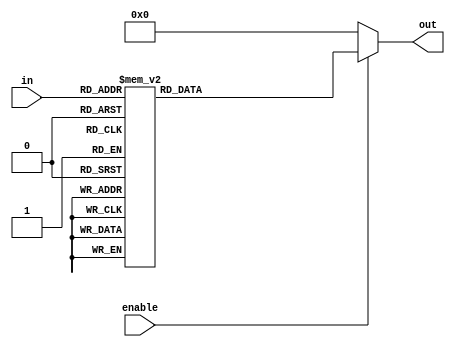
/*

Copyright (c) 2020 Alex Forencich

Permission is hereby granted, free of charge, to any person obtaining a copy
of this software and associated documentation files (the "Software"), to deal
in the Software without restriction, including without limitation the rights
to use, copy, modify, merge, publish, distribute, sublicense, and/or sell
copies of the Software, and to permit persons to whom the Software is
furnished to do so, subject to the following conditions:

The above copyright notice and this permission notice shall be included in
all copies or substantial portions of the Software.

THE SOFTWARE IS PROVIDED "AS IS", WITHOUT WARRANTY OF ANY KIND, EXPRESS OR
IMPLIED, INCLUDING BUT NOT LIMITED TO THE WARRANTIES OF MERCHANTABILITY
FITNESS FOR A PARTICULAR PURPOSE AND NONINFRINGEMENT. IN NO EVENT SHALL THE
AUTHORS OR COPYRIGHT HOLDERS BE LIABLE FOR ANY CLAIM, DAMAGES OR OTHER
LIABILITY, WHETHER IN AN ACTION OF CONTRACT, TORT OR OTHERWISE, ARISING FROM,
OUT OF OR IN CONNECTION WITH THE SOFTWARE OR THE USE OR OTHER DEALINGS IN
THE SOFTWARE.

*/

// Language: Verilog 2001

`resetall
`timescale 1ns / 1ps
`default_nettype none

/*
 * 7 segment display hexadecimal encoding
 */
module hex_display #(
    parameter INVERT = 0
)
(
    input  wire [3:0] in,
    input  wire       enable,

    output wire [6:0] out
);

reg [6:0] enc;

always @* begin
    enc <= 7'b0000000;
    if (enable) begin
        case (in)
            4'h0: enc <= 7'b0111111;
            4'h1: enc <= 7'b0000110;
            4'h2: enc <= 7'b1011011;
            4'h3: enc <= 7'b1001111;
            4'h4: enc <= 7'b1100110;
            4'h5: enc <= 7'b1101101;
            4'h6: enc <= 7'b1111101;
            4'h7: enc <= 7'b0000111;
            4'h8: enc <= 7'b1111111;
            4'h9: enc <= 7'b1101111;
            4'ha: enc <= 7'b1110111;
            4'hb: enc <= 7'b1111100;
            4'hc: enc <= 7'b0111001;
            4'hd: enc <= 7'b1011110;
            4'he: enc <= 7'b1111001;
            4'hf: enc <= 7'b1110001;
        endcase
    end
end

assign out = INVERT ? ~enc : enc;

endmodule

`resetall